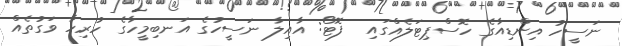
ނަސީހު އިންޑިއާގެ ހޮސްޕިޓަލެއްގައި  ފޮޓޯ: އާއިލާ ނަސީހުގެ އަނބިމީހާގެ ހުރިހާ ވަގުތެއް